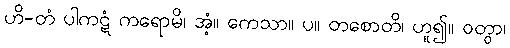
ဟိ-တံ ပါကဋံ ကရောမိ၊ အံ့။ ကေသာ။ ပ။ တစောတိ၊ ဟူ၍။ ဝတွာ၊